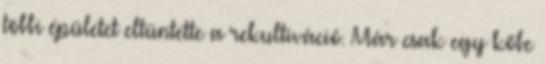
többi épületet eltüntette a rekultiváció. Már csak egy kőbe